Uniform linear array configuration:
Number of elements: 32
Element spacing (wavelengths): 0.25
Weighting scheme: blackman
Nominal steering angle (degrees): -60
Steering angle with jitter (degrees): -60.947
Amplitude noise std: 0.05
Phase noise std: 0.05

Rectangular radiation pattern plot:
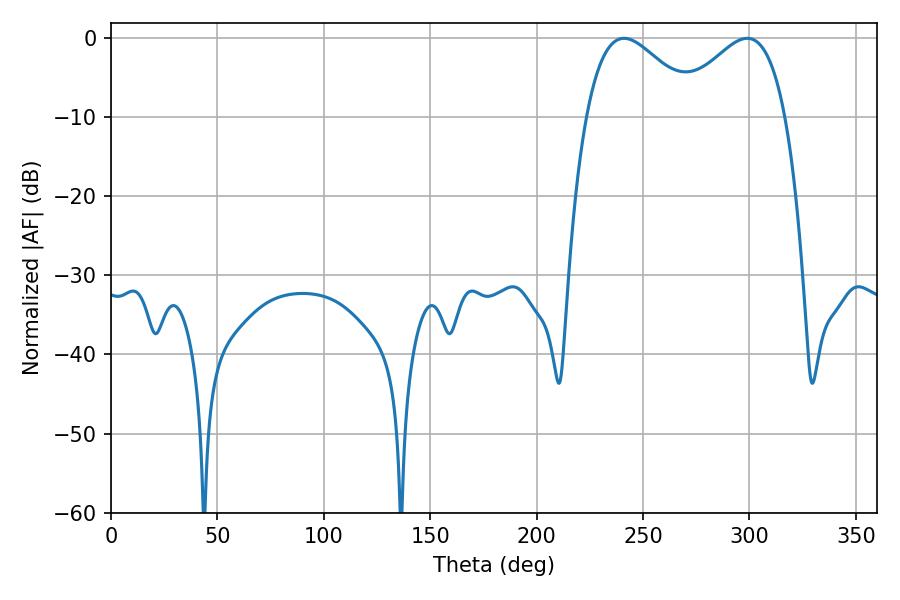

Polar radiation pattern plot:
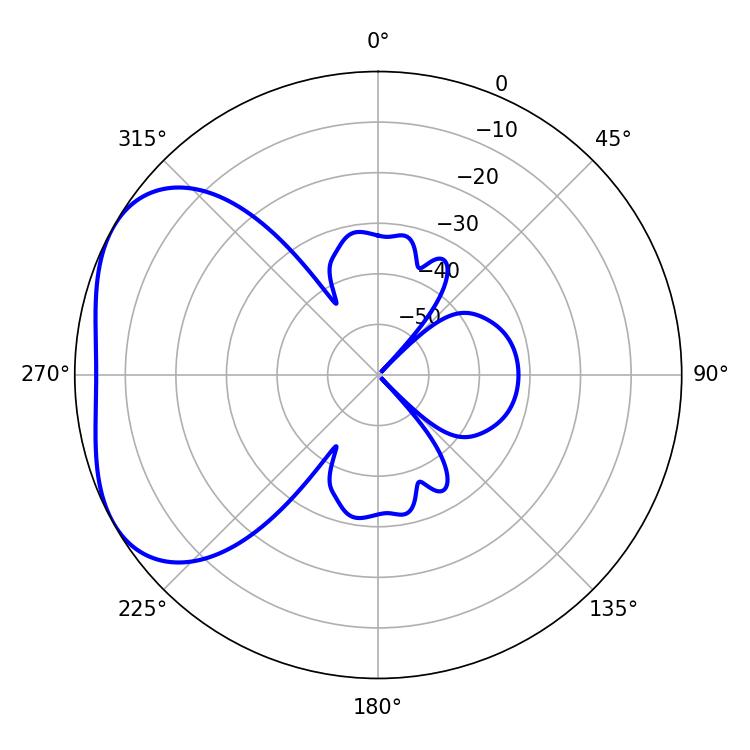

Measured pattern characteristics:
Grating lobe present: FALSE
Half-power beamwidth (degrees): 28.26
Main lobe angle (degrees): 241.02